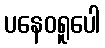
ပနေဝရူပေါ